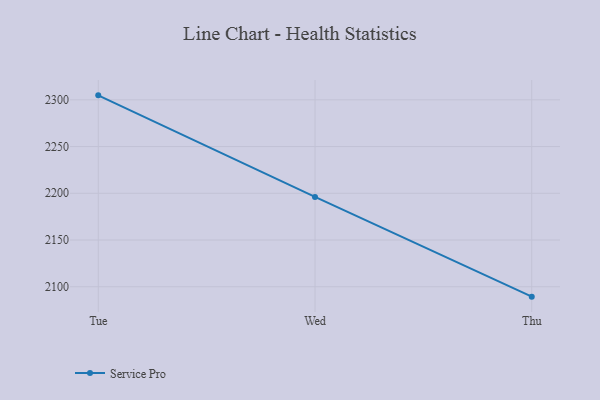
{"axis": {"x": "Day", "y": "Budget (USD K)"}, "legend": ["Service Pro"], "data": [{"x": "Tue", "y": 2304.8, "type": "Service Pro"}, {"x": "Wed", "y": 2196.1, "type": "Service Pro"}, {"x": "Thu", "y": 2089.4, "type": "Service Pro"}]}